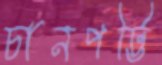
চানপট্টি